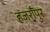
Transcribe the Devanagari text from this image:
हजर्रापुर